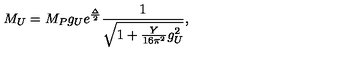
M _ { U } = M _ { P } g _ { U } e ^ { \frac { \Delta } { 2 } } \frac { 1 } { \sqrt { 1 + \frac { Y } { 1 6 \pi ^ { 2 } } g _ { U } ^ { 2 } } } ,